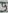
Text: 8